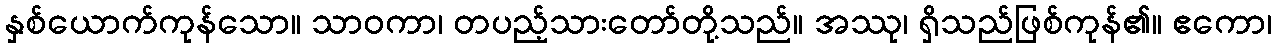
နှစ်ယောက်ကုန်သော။ သာဝကာ၊ တပည့်သားတော်တို့သည်။ အဿု၊ ရှိသည်ဖြစ်ကုန်၏။ ဧကော၊